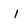
Character: I